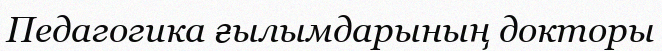
Педагогика ғылымдарының докторы